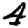
Digit: 4